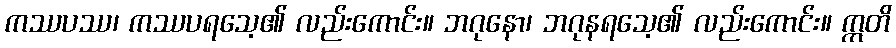
ကဿပဿ၊ ကဿပရသေ့၏ လည်းကောင်း။ ဘဂုနော၊ ဘဂုနရသေ့၏ လည်းကောင်း။ ဣတိ